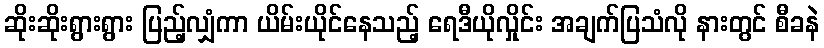
ဆိုးဆိုးရွားရွား ပြည့်လျှံကာ ယိမ်းယိုင်နေသည့် ရေဒီယိုလှိုင်း အချက်ပြသံလို နားတွင် စီခနဲ